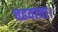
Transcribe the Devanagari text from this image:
चढवावा।